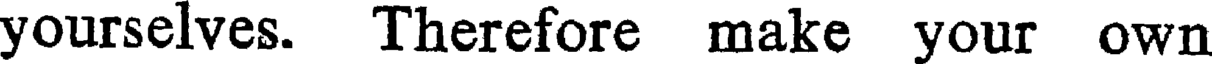
yourselves. Therefore make your own